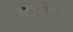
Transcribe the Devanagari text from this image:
क्लेमेटन